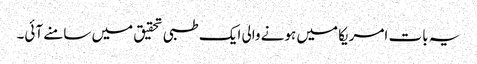
یہ بات امریکا میں ہونے والی ایک طبی تحقیق میں سامنے آئی۔